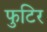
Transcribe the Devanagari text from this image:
फुटिर